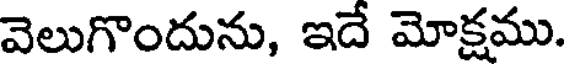
వెలుగొందును, ఇదే మోక్షము.